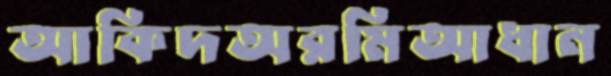
আকিদঅরমিআধান